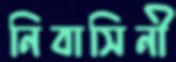
নিবাসিনী